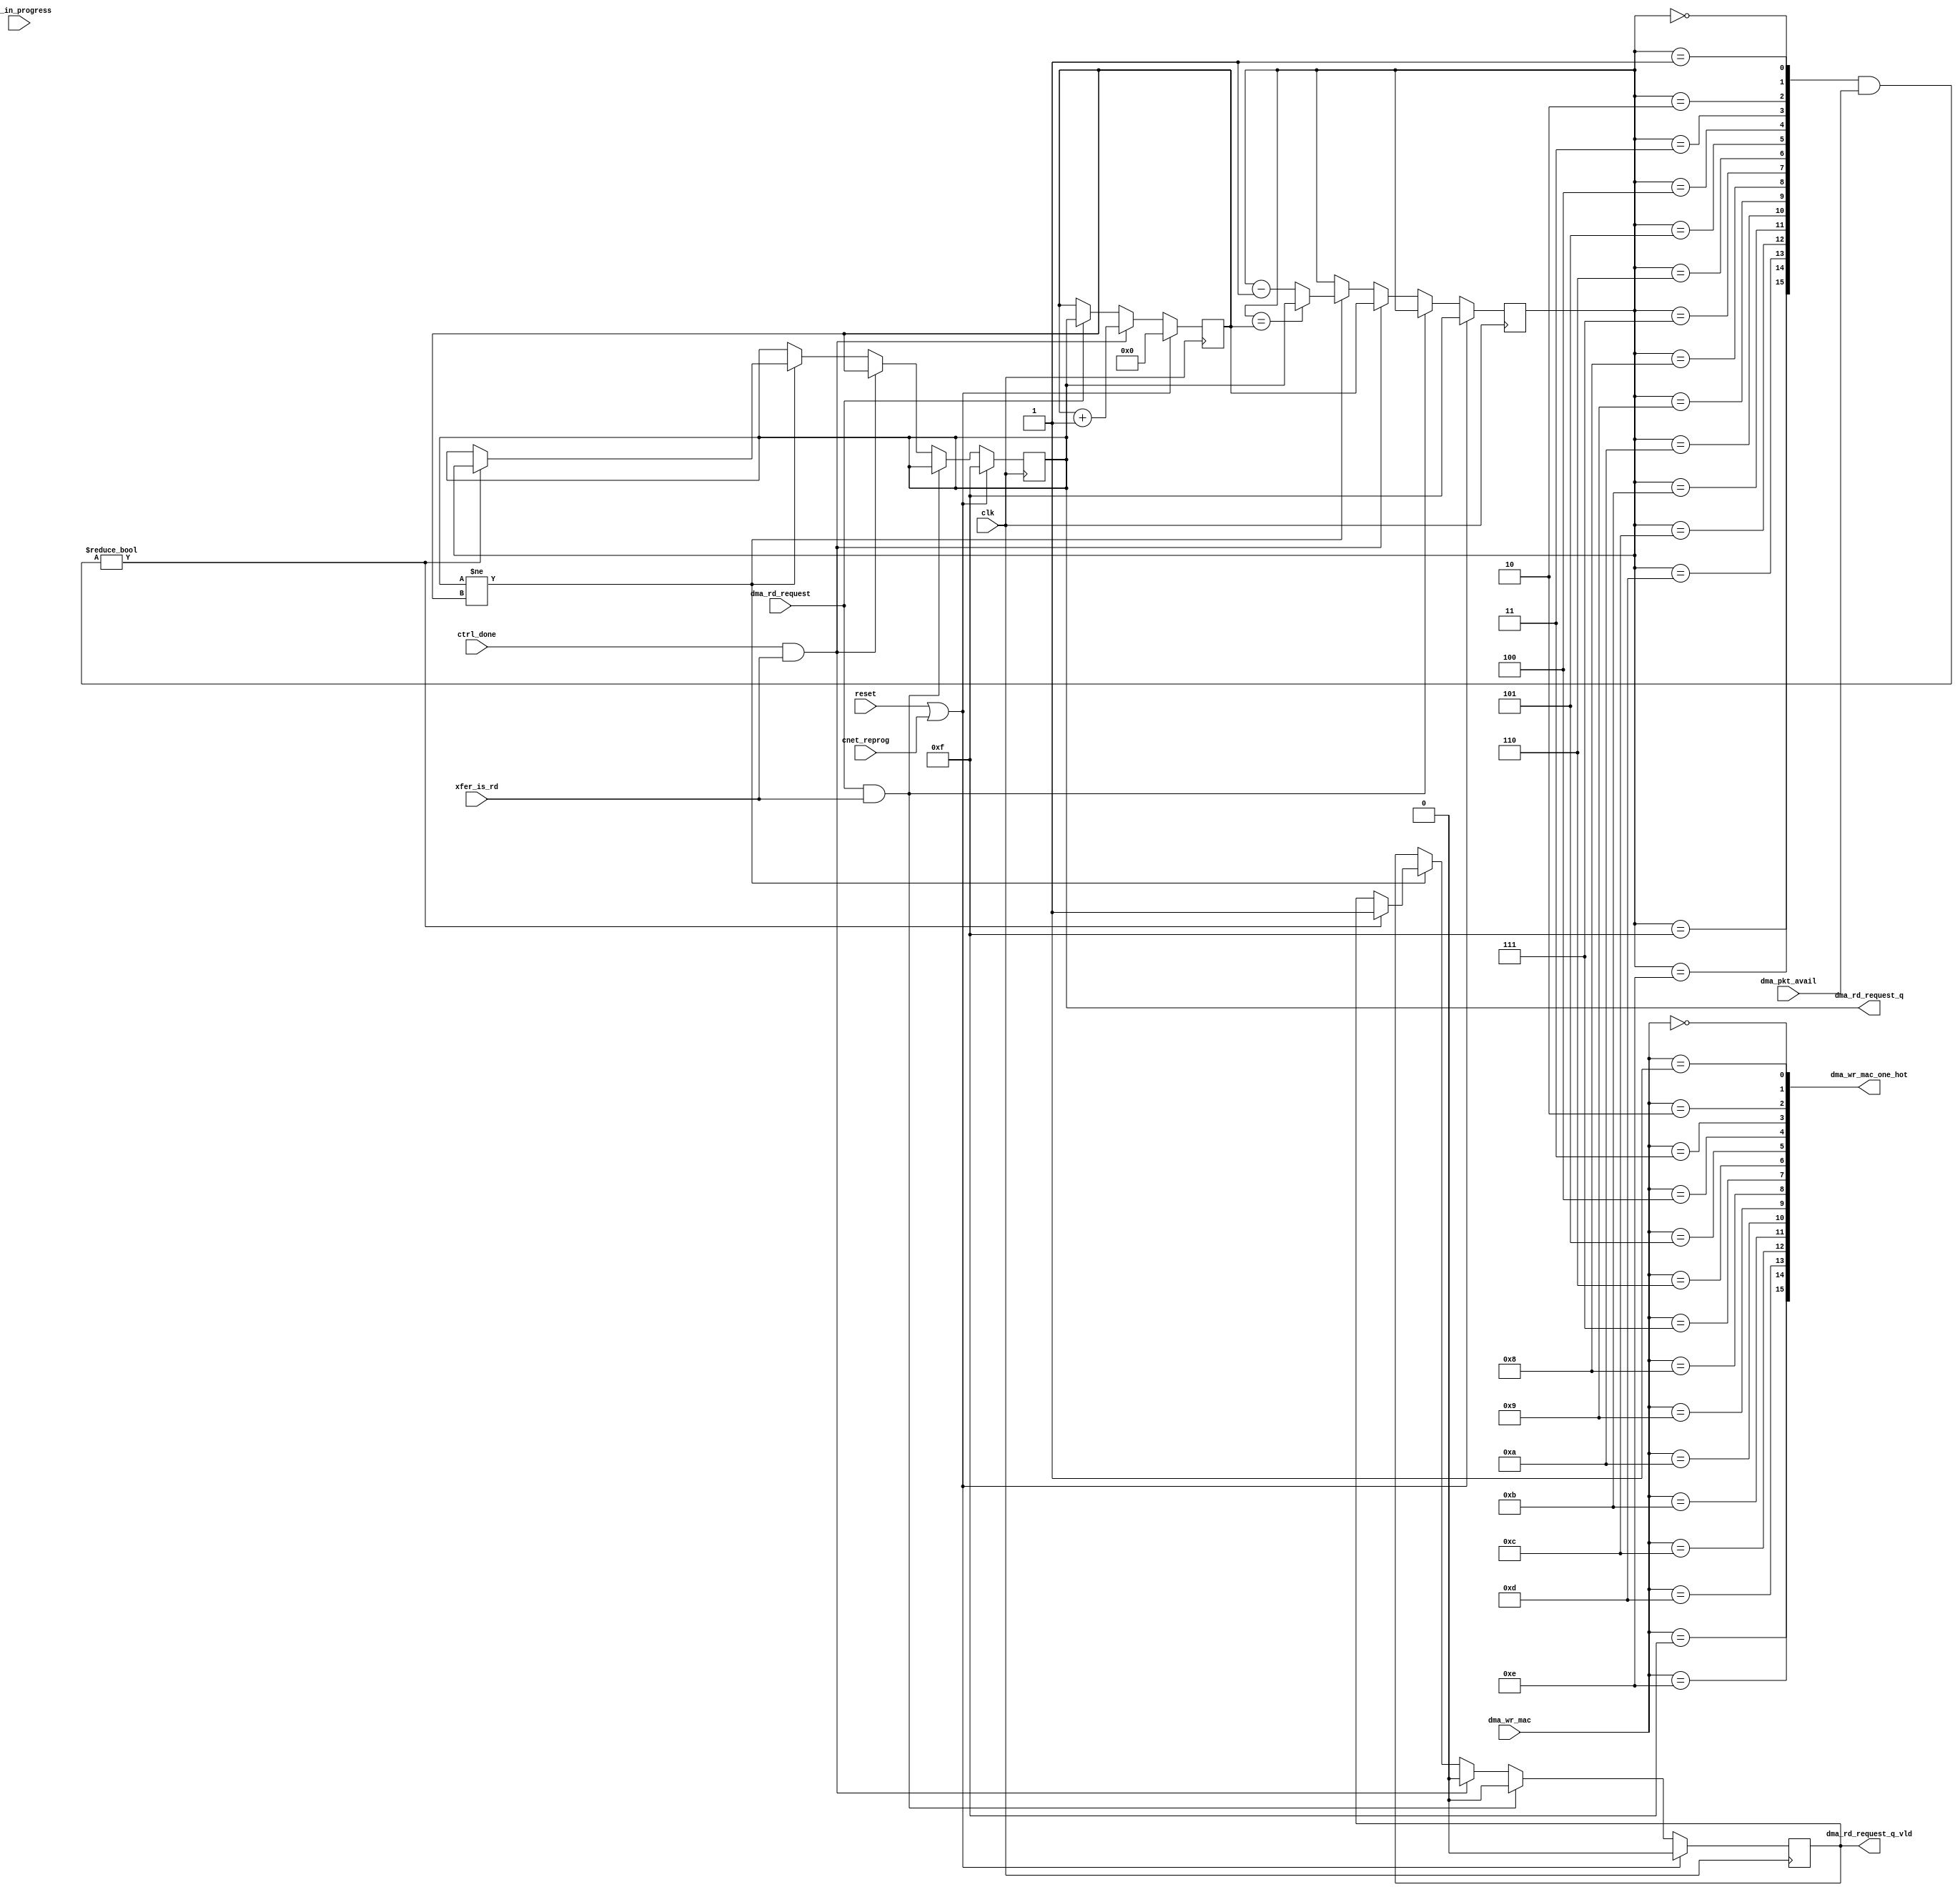
///////////////////////////////////////////////////////////////////////////////
// $Id: dma_engine_rr_arb.v 3617 2008-04-16 23:16:30Z grg $
//
// Module: dma_engine_rr_arb.v
// Project: CPCI (PCI Control FPGA)
// Description: Arbiter for choosing from input queues
//
// Note: read and write are from the perspective of the driver.
//       Read means retrieve a packet from the CNET and place in memory.
//       Write means send a packet from memory to CNET.
//
// Change history: 12/10/07 - Split from dma_engine
//
// Issues to address:
//
///////////////////////////////////////////////////////////////////////////////

module dma_engine_rr_arb (
            // CPCI register interface signals
            input [3:0]    dma_wr_mac,    // Which MAC to write data to

            // CNET DMA interface signals
            input [15:0]   dma_pkt_avail, // Packets available in which buffers in CNET
            input          dma_rd_request, // Request packet from buffer

            // DMA engine signals
            output reg [3:0] dma_rd_request_q,
            output [15:0]  dma_wr_mac_one_hot,

            output reg     dma_rd_request_q_vld,

            input          ctrl_done,

            input          dma_in_progress,
            input          xfer_is_rd,

            // Miscelaneous signals
            input          cnet_reprog,   // Indicates that the CNET is
                                          // currently being reprogrammed

            input          reset,
            input          clk
         );


// ==================================================================
// Local
// ==================================================================

// Round robin lookup for reads
reg [3:0] pref_to_read;
reg [3:0] mac_search;
wire [15:0] mac_search_one_hot;

// ==================================================================
// Round robin allocator
// ==================================================================

always @(posedge clk)
begin
   // On either reset or the CNET being reprogrammed, reset to MAC0
   if (reset || cnet_reprog)
      pref_to_read <= 4'h0;
   // Rotate to the next MAC when this one is done
   else if (ctrl_done && xfer_is_rd)
      pref_to_read <= pref_to_read + 'h1;
   // Work out which MAC is being read
   else if (dma_rd_request)
      pref_to_read <= dma_rd_request_q;
end

always @(posedge clk)
begin
   // On either reset or the CNET being reprogrammed, reset to MAC0
   if (reset || cnet_reprog) begin
      dma_rd_request_q <= 4'hf;
      mac_search <= 4'hf;
      dma_rd_request_q_vld <= 1'b0;
   end
   else if (dma_rd_request && xfer_is_rd) begin
      dma_rd_request_q_vld <= 1'b0;
   end
   else if (ctrl_done && xfer_is_rd) begin
      dma_rd_request_q <= pref_to_read;
      mac_search <= pref_to_read;
      dma_rd_request_q_vld <= 1'b0;
   end
   // Work out which mac to request a packet from
   else begin
      // Keep searching until the mac we're requesting from is the one we'd
      // prefer to read next
      if (dma_rd_request_q != pref_to_read) begin
         // Search between the current best match and pref_to_read
         // Don't need to consider matches that aren't as good.
         if (mac_search == pref_to_read)
            mac_search <= dma_rd_request_q;
         else
            mac_search <= mac_search - 'h1;

         // If we find a match, then update the dma_rd_request_q signal to
         // reflect this
         if (mac_search_one_hot & dma_pkt_avail) begin
            dma_rd_request_q <= mac_search;
            dma_rd_request_q_vld <= 1'b1;
         end
      end
   end
end

// Work out which MAC to request the next packet from
assign dma_wr_mac_one_hot = {dma_wr_mac == 4'h f,
                             dma_wr_mac == 4'h e,
                             dma_wr_mac == 4'h d,
                             dma_wr_mac == 4'h c,
                             dma_wr_mac == 4'h b,
                             dma_wr_mac == 4'h a,
                             dma_wr_mac == 4'h 9,
                             dma_wr_mac == 4'h 8,
                             dma_wr_mac == 4'h 7,
                             dma_wr_mac == 4'h 6,
                             dma_wr_mac == 4'h 5,
                             dma_wr_mac == 4'h 4,
                             dma_wr_mac == 4'h 3,
                             dma_wr_mac == 4'h 2,
                             dma_wr_mac == 4'h 1,
                             dma_wr_mac == 4'h 0};

assign mac_search_one_hot = {mac_search == 4'h f,
                             mac_search == 4'h e,
                             mac_search == 4'h d,
                             mac_search == 4'h c,
                             mac_search == 4'h b,
                             mac_search == 4'h a,
                             mac_search == 4'h 9,
                             mac_search == 4'h 8,
                             mac_search == 4'h 7,
                             mac_search == 4'h 6,
                             mac_search == 4'h 5,
                             mac_search == 4'h 4,
                             mac_search == 4'h 3,
                             mac_search == 4'h 2,
                             mac_search == 4'h 1,
                             mac_search == 4'h 0};

endmodule // dma_engine_rr_arb

/* vim:set shiftwidth=3 softtabstop=3 expandtab: */